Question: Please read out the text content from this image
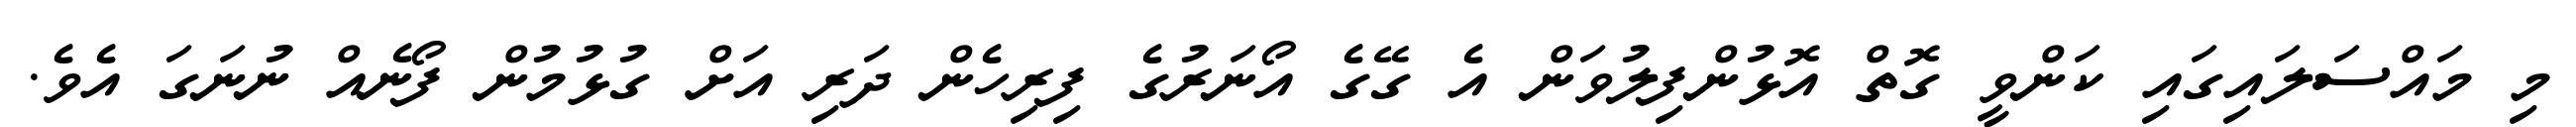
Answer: މި މައްސަލައިގައި ކަންވީ ގޮތް އޮޅުންފިލުވަން އެ ގޭގެ އޯނަރުގެ ފިރިހެން ދަރި އަށް ގުޅުމުން ފޯނެއް ނުނަގަ އެވެ.